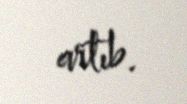
artıb.